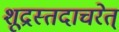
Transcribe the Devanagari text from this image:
शूद्रस्तदाचरेत्